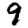
Digit: 9